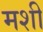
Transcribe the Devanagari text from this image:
मशी